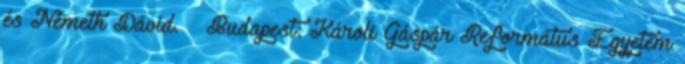
és Németh Dávid. – Budapest: Károli Gáspár Református Egyetem